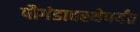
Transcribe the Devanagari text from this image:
पौगंडावस्थेपर्यंत